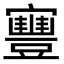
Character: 寷